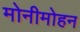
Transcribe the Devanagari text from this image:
मोनीमोहन